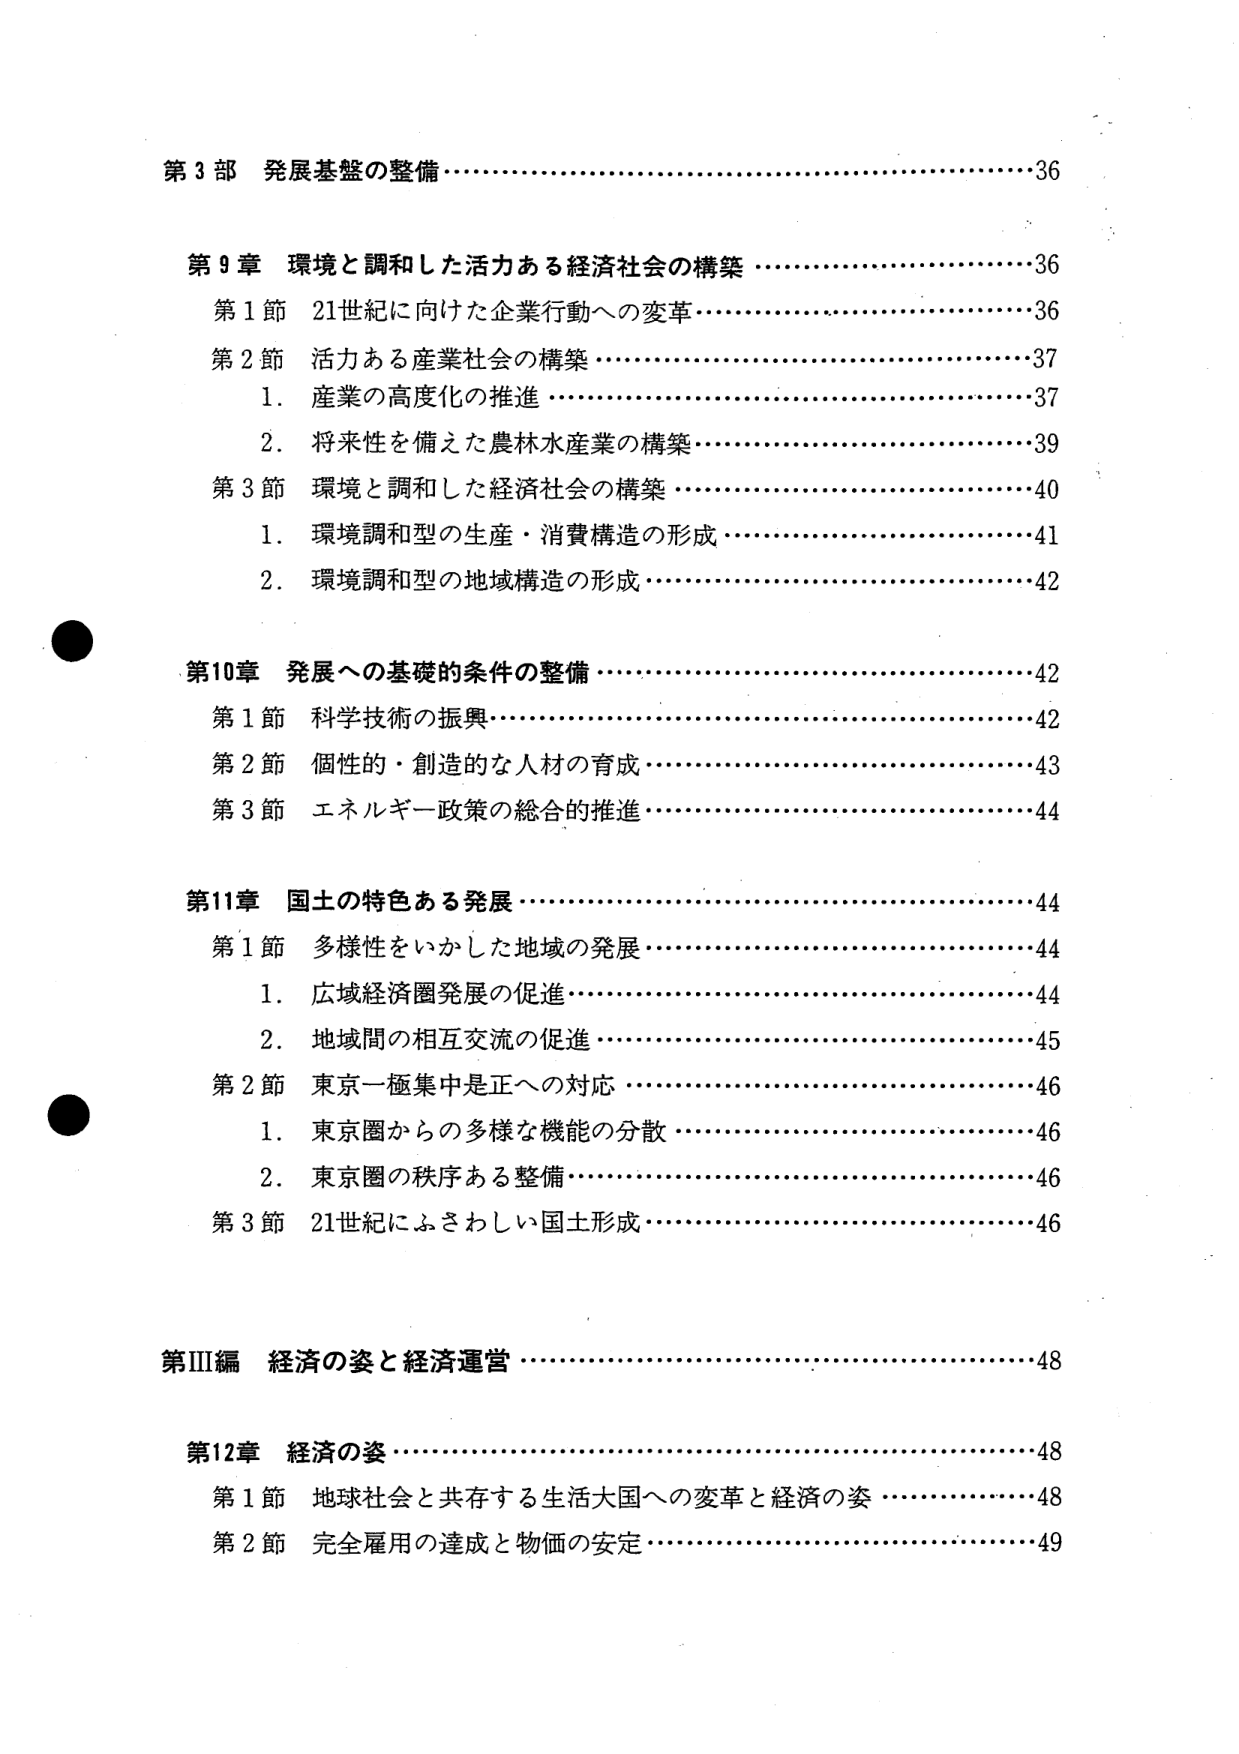
第3部 発展基盤の整備………………………………………………36

第9章 環境と調和した活力ある経済社会の構築 ………………………36
第1節 21世紀に向けた企業行動への変革………………………………36
第2節 活力ある産業社会の構築…………………………………………37
　1．産業の高度化の推進…………………………………………………37
　2．将来性を備えた農林水産業の構築…………………………………39
第3節 環境と調和した経済社会の構築…………………………………40
　1．環境調和型の生産・消費構造の形成………………………………41
　2．環境調和型の地域構造の形成………………………………………42

第10章 発展への基礎的条件の整備………………………………………42
第1節 科学技術の振興……………………………………………………42
第2節 個性的・創造的な人材の育成……………………………………43
第3節 エネルギー政策の総合的推進……………………………………44

第11章 国土の特色ある発展………………………………………………44
第1節 多様性をいかした地域の発展……………………………………44
　1．広域経済圏発展の促進………………………………………………44
　2．地域間の相互交流の促進……………………………………………45
第2節 東京一極集中是正への対応………………………………………46
　1．東京圏からの多様な機能の分散……………………………………46
　2．東京圏の秩序ある整備………………………………………………46
第3節 21世紀にふさわしい国土形成……………………………………46

第Ⅲ編 経済の姿と経済運営……………………………………………48

第12章 経済の姿……………………………………………………………48
第1節 地球社会と共存する生活大国への変革と経済の姿……………48
第2節 完全雇用の達成と物価の安定……………………………………49